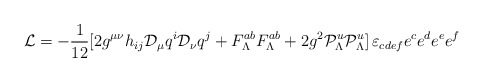
\begin{align*}{\cal L}=-{1\over 12} [2g^{\mu\nu}h_{ij}{\cal D}_\mu q^i{\cal D}_\nu q^j+F^{ab}_\Lambda F_\Lambda^{ab}+2g^2 {\cal P}^u_\Lambda{\cal P}^u_\Lambda]\, \varepsilon_{cdef}e^c e^d e^e e^f\end{align*}